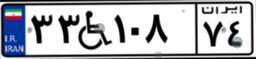
۳۳W۱۰۸۷۴